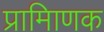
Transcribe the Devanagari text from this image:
प्रामािणक